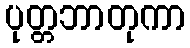
ပုတ္တဘာတုကာ